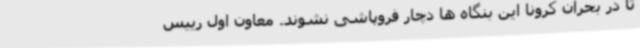
تا در بحران کرونا این بنگاه ها دچار فروپاشی نشوند. معاون اول رییس